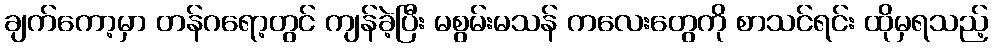
ချက်ကော့မှာ တန်ဂရော့တွင် ကျန်ခဲ့ပြီး မစွမ်းမသန် ကလေးတွေကို စာသင်ရင်း ထိုမှရသည့်